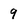
Character: 9